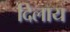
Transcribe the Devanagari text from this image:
दिलाय